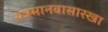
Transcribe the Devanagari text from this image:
यंत्रमानवासारखा